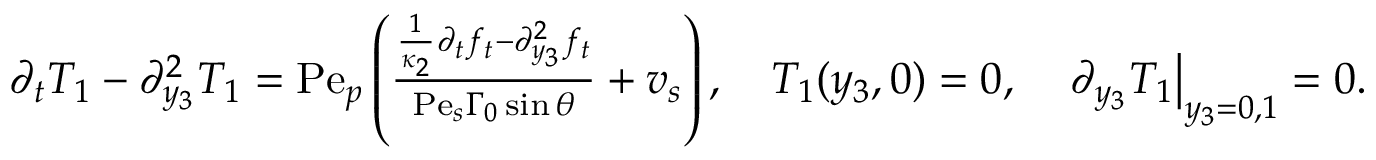
\begin{array} { r } { \partial _ { t } T _ { 1 } - \partial _ { y _ { 3 } } ^ { 2 } T _ { 1 } = \mathrm { P e } _ { p } \left( \frac { \frac { 1 } { \kappa _ { 2 } } \partial _ { t } f _ { t } - \partial _ { y _ { 3 } } ^ { 2 } f _ { t } } { \mathrm { P e } _ { s } \Gamma _ { 0 } \sin \theta } + v _ { s } \right) , \quad T _ { 1 } ( y _ { 3 } , 0 ) = 0 , \quad \left. \partial _ { y _ { 3 } } T _ { 1 } \right| _ { y _ { 3 } = 0 , 1 } = 0 . } \end{array}